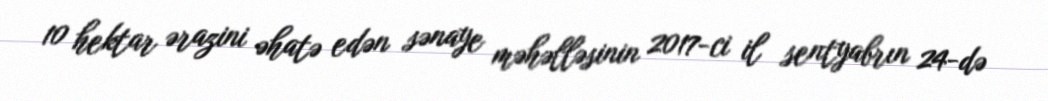
10 hektar ərazini əhatə edən sənaye məhəlləsinin 2017-ci il sentyabrın 24-də